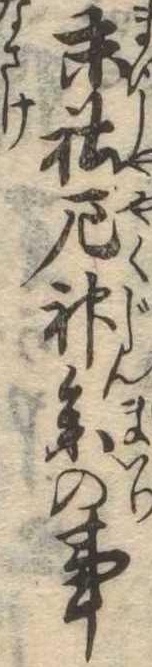
末社厄神参の事